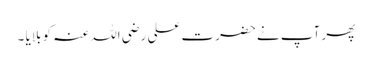
پھر آپ نے حضرت علی رضی اللہ عنہ کو بلایا ۔